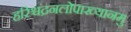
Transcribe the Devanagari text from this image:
हरिश्चंद्रनलोपाख्यानमु